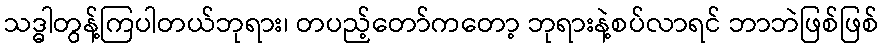
သဒ္ဓါတွန့်ကြပါတယ်ဘုရား၊ တပည့်တော်ကတော့ ဘုရားနဲ့စပ်လာရင် ဘာဘဲဖြစ်ဖြစ်